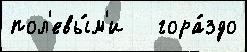
пол'евы́м'и   гора́здо